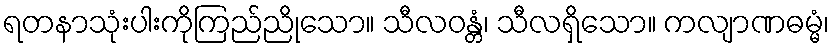
ရတနာသုံးပါးကိုကြည်ညိုသော။ သီလဝန္တံ၊ သီလရှိသော။ ကလျာဏဓမ္မံ၊